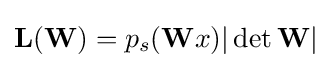
\mathbf {L(W)} =p_{s}(\mathbf {W} x)|\det \mathbf {W} |